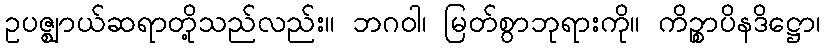
ဥပဇ္ဈာယ်ဆရာတို့သည်လည်း။ ဘဂဝါ၊ မြတ်စွာဘုရားကို။ ကိဉ္စာပိနဒိဋ္ဌော၊